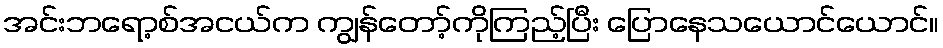
အင်းဘရော့စ်အငယ်က ကျွန်တော့်ကိုကြည့်ပြီး ပြောနေသယောင်ယောင်။